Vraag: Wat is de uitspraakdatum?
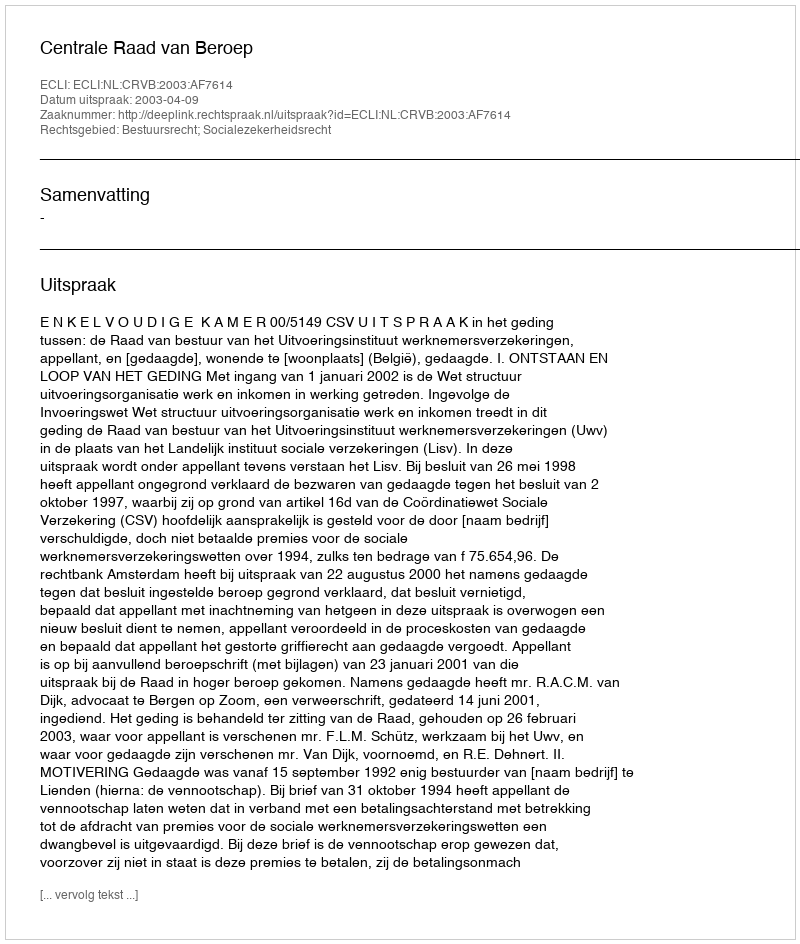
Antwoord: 2003-04-09